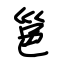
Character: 邕